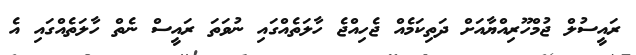
ރައީސުލް ޖުމްހޫރިއްޔާއަށް ދަތިކަމެއް ޖެހިއްޖެ ހާލަތެއްގައި ނުވަތަ ރައީސް ނެތް ހާލަތެއްގައި އެ